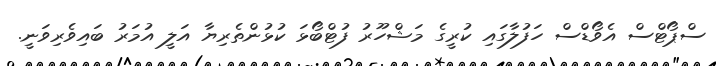
ސްޕޯޓްސް އެވޯޑްސް ހަފުލާގައި ކުރީގެ މަޝްހޫރު ފުޓްބޯޅަ ކުޅުންތެރިޔާ އަލީ އުމަރު ބައިވެރިވަނީ.